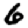
Digit: 6